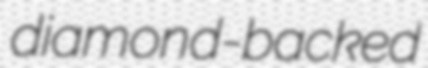
diamond-backed